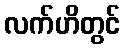
လက်ဟိတွင်